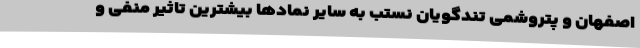
اصفهان و پتروشمی تندگویان نستب به سایر نمادها بیشترین تاثیر منفی و